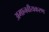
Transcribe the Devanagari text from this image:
अमानवीयकरण